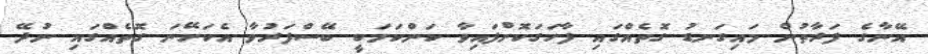
އޭނާގެ ފަރާތުން މައިގަނޑު ގޮތެއްގައި ފާހަގަކޮށްފައިވާ ކަންކަމަކީ ބޭސްފަރުވާ އެކަށޭނަ ގޮތެއްގައި ނުދޭ